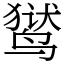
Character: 𬸚